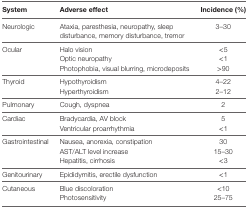
<table><thead><tr><td><b>System</b></td><td><b>Adverse effect</b></td><td><b>Incidence (%)</b></td></tr></thead><tbody><tr><td>Neurologic</td><td>Ataxia, paresthesia, neuropathy, sleep disturbance, memory disturbance, tremor</td><td>3–30</td></tr><tr><td>Ocular</td><td>Halo vision</td><td>&lt;5</td></tr><tr><td></td><td>Optic neuropathy</td><td>&lt;1</td></tr><tr><td></td><td>Photophobia, visual blurring, microdeposits</td><td>&gt;90</td></tr><tr><td>Thyroid</td><td>Hypothyroidism</td><td>4–22</td></tr><tr><td></td><td>Hyperthyroidism</td><td>2–12</td></tr><tr><td>Pulmonary</td><td>Cough, dyspnea</td><td>2</td></tr><tr><td>Cardiac</td><td>Bradycardia, AV block</td><td>5</td></tr><tr><td></td><td>Ventricular proarrhythmia</td><td>&lt;1</td></tr><tr><td>Gastrointestinal</td><td>Nausea, anorexia, constipation</td><td>30</td></tr><tr><td></td><td>AST/ALT level increase</td><td>15–30</td></tr><tr><td></td><td>Hepatitis, cirrhosis</td><td>&lt;3</td></tr><tr><td>Genitourinary</td><td>Epididymitis, erectile dysfunction</td><td>&lt;1</td></tr><tr><td>Cutaneous</td><td>Blue discoloration</td><td>&lt;10</td></tr><tr><td></td><td>Photosensitivity</td><td>25–75</td></tr></tbody></table>